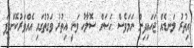
އިތުރު ލަނޑެއް ޖަހައިދިން ނަމަވެސް ހަސަން ސޮލާހު ވަނީ އިތުރު ވަގުތުގައި އެއްވަރުކޮށްދީފަ